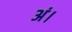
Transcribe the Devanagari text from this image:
अं।